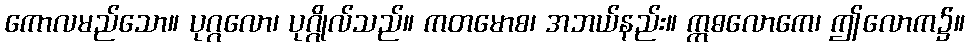
ကောလမည်သော။ ပုဂ္ဂလော၊ ပုဂ္ဂိုလ်သည်။ ကတမောစ၊ အဘယ်နည်း။ ဣဓလောကေ၊ ဤလောက၌။